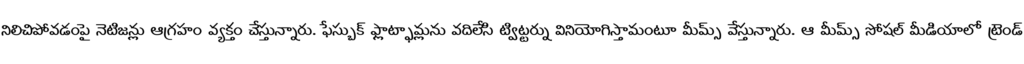
నిలిచిపోవడంపై నెటిజన్లు ఆగ్రహం వ్యక్తం చేస్తున్నారు. ఫేస్బుక్ ఫ్లాట్ఫామ్లను వదిలేసి ట్విట్టర్ను వినియోగిస్తామంటూ మీమ్స్ వేస్తున్నారు. ఆ మీమ్స్ సోషల్ మీడియాలో ట్రెండ్